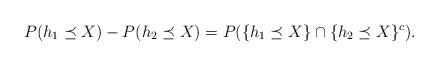
LaTeX: \begin{align*}P(h_1\preceq X)-P(h_2 \preceq X)=P(\{h_1 \preceq X\}\cap\{h_2 \preceq X\}^{c}).\end{align*}